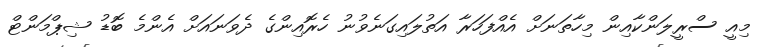
މިއީ ސްރީލަންކާއިން މިހާތަނަށް އެއްފަހަރާ އަތުލައިގަނެވުނު ހެރޮއިންގެ ދެވަނައަށް އެންމެ ބޮޑު ޝިޕްމަންޓް